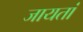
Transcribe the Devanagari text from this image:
जायतां